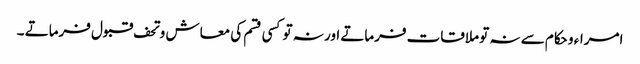
امراء و حکام سے نہ تو ملاقات فرماتے اور نہ تو کسی قسم کی معاش و تحف قبول فرماتے ۔